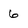
Character: 6